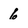
Character: 6